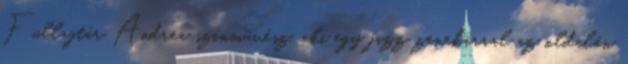
Fullajtár Andrea színművész, aki egy jazz zenekarral az oldalán